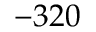
- 3 2 0